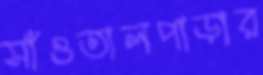
সাঁওতালপাড়ার